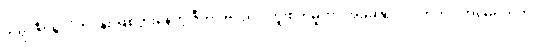
ဘရာဇီး နိုင်ငံတဝန်း ဖြစ်ပွားနေတဲ့ ဇီကာ ဗိုင်းရပ် ကူးစက်မှုဟာ အခုဆိုရင် လက်တင် အမေရိကက